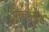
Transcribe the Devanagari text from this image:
तिरुमळसै